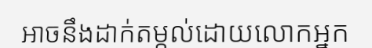
អាចនឹងដាក់តម្កល់ដោយលោកអ្នក